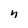
Character: n